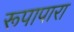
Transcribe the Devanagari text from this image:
रूपापारा